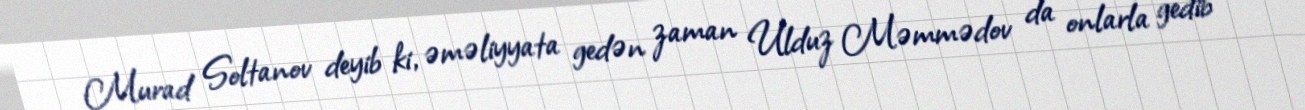
Murad Soltanov deyib ki, əməliyyata gedən zaman Ulduz Məmmədov da onlarla gedib